Report on malaria in the Punjab during the year ...  together with an account of the work of the Punjab Malaria Bureau - Volume 5
Disease focus: Malaria
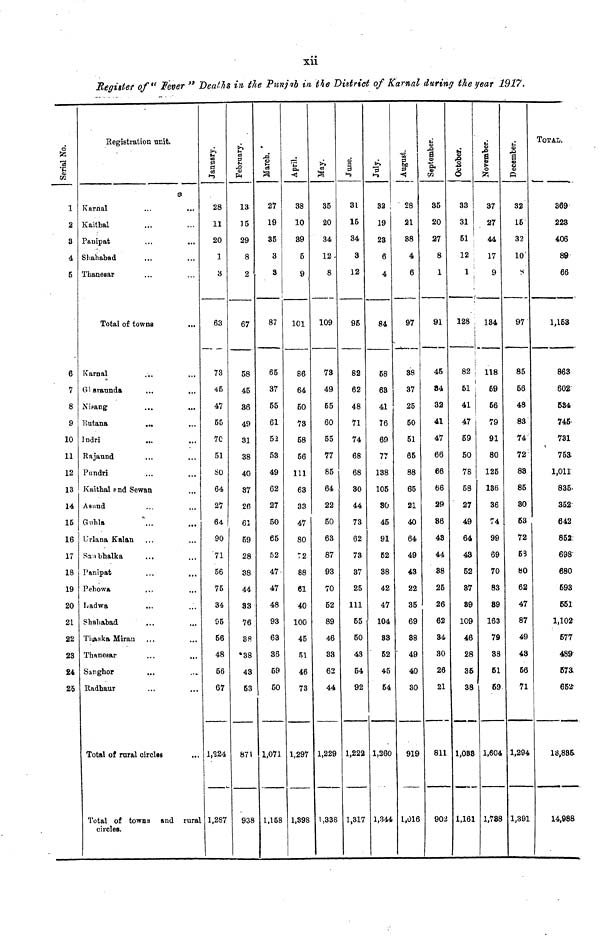
xii
Register of" Fever " Deaths in the Punjab in the District of Karnal during the year 1917.
Serial No.
1
2
3
4
5
6
7
8
9
10
11
12
13
14
15
16
17
18
19
20
21
22
23
24
25
Registration unit.
Knrnal
...
...
Kaithal
Panipat
Shahabad
Thaneear
Total of towns
...
Karnal
Glaraunda
...
...
Nisang
...
...
Butana
Indri
...
Rajaund
Pundri
Kaithal and Sewan
Asund
Guhla
Urlana Kalan
Sanbhalka
Panipat
Pehowa
Ladwa
Shahabad
Thaska Miran
Thanesar
Sanghor
Radhaur
Total of rural circles
Total of towns and rural
circles.
January.
28
11
20
1
3
63
73
45
47
55
70
51
80
64
27
64
90
71
56
75
34
95
56
48
56
67
1,224
1,287
February.
13
15
29
8
2
67
58
45
36
49
31
38
40
37
26
61
59
28
38
44
33
76
38
38
43
53
871
938
March.
27
19
35
3
3
87
65
37
55
61
52
53
49
62
27
50
65
52
47
47
48
93
63
36
59
50
1,071
1,158
April.
38
10
39
5
9
101
86
64
60
73
58
56
111
63
33
47
80
72
88
61
40
100
45
51
46
73
1,297
1,398
May.
35
20
34
12-
8
109
73
49
55
60
55
77
85
64
22
50
63
87
93
70
52
89
46
33
62
44
1,229
1,338
June.
31
15
34
3
12
95
82
62
48
71
74
68
68
30
44
73
62
73
37
25
111
55
50
43
54
92
1,222
1,317
July.
32
19
23
6
4
84
58
63
41
76
69
77
138
105
30
45
91
52
38
42
47
104
33
52
45
54
1,260
1,344
' 28
21
88
4
6
97
38
37
25
50
51
65
88
65
21
40
64
49
43
22
35
69
88
49
40
30
919
L,016
September.
85
20
27
8
1
91
45
34
32
41
47
66
66
66
29
36
43
44
38
25
26
62
34
30
26
21
811
90
October.
33
31
51
i
12
1
128
i
82
51
i
41
47
59
50
78
58
27
49
64
43
52
87
89
109
46
28
35
38
1,038
1,161
November.
37
27
44
17
9
134
118
59
56
79
91
80
125
136
36
74
99
69
70
83
39
163
79
38
51
59
1,604
1,788
December.
32
15
32
10
97
85
56
48
83
74
72
88
85
80
53
72
63
80
62
47
87
49
48
56
71
1,294
1,391
TOTAL.
369
223
406
89
66
1,163
863
602
634
745
731
753
1,011
835
352
642
852
698
680
693
551
1,102
577
489
67a
652
13,835.
14,988